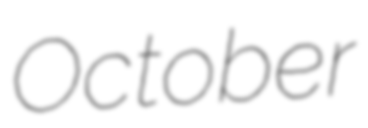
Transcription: October